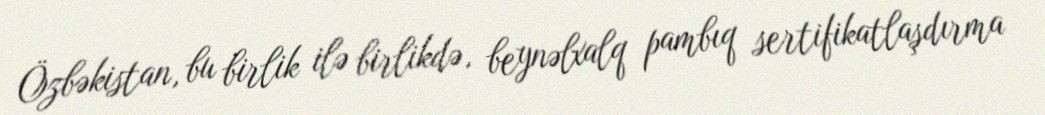
Özbəkistan, bu birlik ilə birlikdə, beynəlxalq pambıq sertifikatlaşdırma